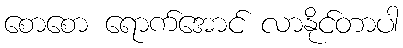
စောစော ရောက်အောင် လာနိုင်တာပါ